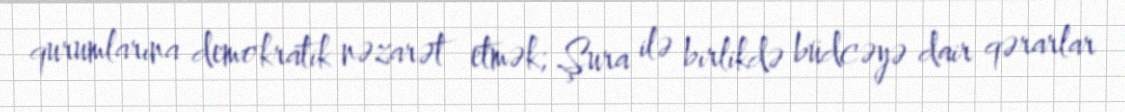
qurumlarına demokratik nəzarət etmək; Şura ilə birlikdə büdcəyə dair qərarlar